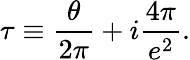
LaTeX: \tau\equiv\frac{\theta}{2\pi}+i\frac{4\pi}{e^{2}}.